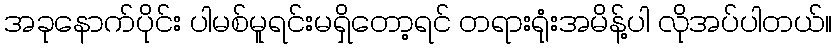
အခုနောက်ပိုင်း ပါမစ်မူရင်းမရှိတော့ရင် တရားရုံးအမိန့်ပါ လိုအပ်ပါတယ်။